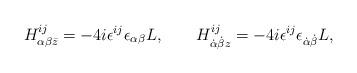
LaTeX: \begin{align*}H^{ij}_{\alpha\beta \bar z} = -4i \epsilon^{ij}\epsilon_{\alpha\beta} L, \qquad H^{ij}_{\dot\alpha\dot\beta z} = - 4 i \epsilon^{ij}\epsilon_{\dot\alpha\dot\beta} L,\end{align*}